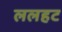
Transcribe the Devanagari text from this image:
ललहट